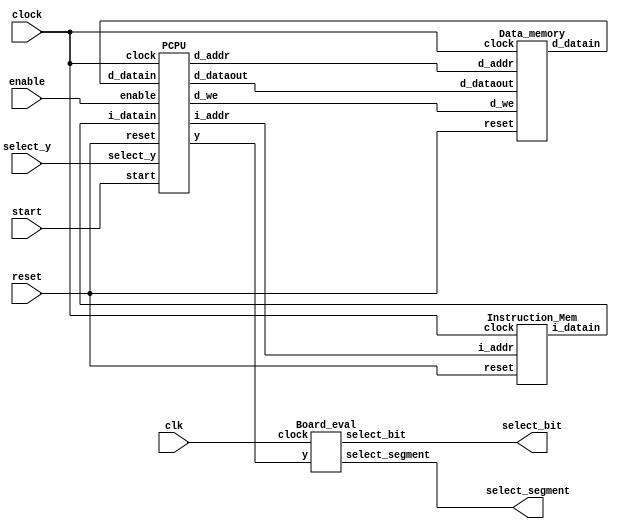
`timescale 1ns / 1ps
//////////////////////////////////////////////////////////////////////////////////
// Company: 
// Engineer: 
// 
// Design Name: 
// Module Name:    CPU 
// Project Name: 
// Target Devices: 
// Tool versions: 
// Description: 
//
// Dependencies: 
//
// Revision: 
// Revision 0.01 - File Created
// Additional Comments: 
//
//////////////////////////////////////////////////////////////////////////////////
// data transfer & Arithmetic
`define NOP 5'b00000
`define HALT 5'b00001
`define LOAD 5'b00010
`define STORE 5'b00011
`define LDIH 5'b10000
`define ADD 5'b01000
`define ADDI 5'b01001
`define ADDC 5'b10001
`define SUB 5'b01011
`define SUBI 5'b10011
`define SUBC 5'b10111
`define CMP 5'b01100
// control
`define JUMP 5'b11000
`define JMPR 5'b11001
`define BZ 5'b11010
`define BNZ 5'b11011
`define BN 5'b11100
`define BNN 5'b11101
`define BC 5'b11110
`define BNC 5'b11111
// logic / shift
`define AND 5'b01101
`define OR 5'b01111
`define XOR 5'b01110
`define SLL 5'b00100
`define SRL 5'b00110
`define SLA 5'b00101
`define SRA 5'b00111
// general register
`define gr0  3'b000
`define gr1  3'b001
`define gr2  3'b010
`define gr3  3'b011
`define gr4  3'b100
`define gr5  3'b101
`define gr6  3'b110
`define gr7  3'b111
// FSM
`define idle 1'b0
`define exec 1'b1

/******* the whole module CPU is made of  Instuction_Mem module, PCPU module and Data_Mem module ********/
module CPU(
    input wire clk, clock, enable, reset, start,
	 input wire[3:0] select_y,
	 output [7:0] select_segment,   
	 output [3:0] select_bit
    );
	 
wire[15:0] d_datain;
wire[15:0] i_datain;
wire[7:0] d_addr;
wire[7:0] i_addr;
wire[15:0] d_dataout;
wire d_we;
wire[15:0] y;	

reg [20:0] count = 21'b0;	 


	Instruction_Mem instruction(clock,reset,i_addr,i_datain);	
	PCPU pcpu(clock, enable, reset, start, d_datain, i_datain, 
	 select_y, i_addr, d_addr, d_dataout, d_we, y);	
	 
     	 
	Data_memory data(clock, reset, d_addr, d_dataout, d_we, d_datain);
    
   Board_eval eval(clk, y, select_segment, select_bit);
endmodule

/************************ Instruction memeory module   *****************************/
module Instruction_Mem ( 
    input wire clock, reset,
    input wire[7:0] i_addr,
	output [15:0] i_datain
	 );
reg[15:0] i_data[255:0]; // 8 bits pc address to get instructions
reg[15:0] temp;

always@(negedge clock) 
begin
	if(!reset) 
	    begin
	       i_data[0] <= {`LOAD, `gr1, 1'b0, `gr0, 4'b0000};
		    i_data[1] <= {`LOAD, `gr2, 1'b0, `gr0, 4'b0001};
		    i_data[2] <= {`ADD, `gr3, 1'b0, `gr1, 1'b0, `gr2};
		    i_data[3] <= {`SUB, `gr3, 1'b0, `gr1, 1'b0, `gr2};
		    i_data[4] <= {`CMP, `gr3, 1'b0, `gr2, 1'b0, `gr1};
		    i_data[5] <= {`ADDC, `gr3, 1'b0, `gr1, 1'b0, `gr2};
		    i_data[6] <= {`SUBC, `gr3, 1'b0, `gr1, 1'b0, `gr2};
		    i_data[7] <= {`SLL, `gr2, 1'b0, `gr3, 1'b0, 3'b001};
		    i_data[8] <= {`SRL, `gr3, 1'b0, `gr1, 1'b0, 3'b001};
		    i_data[9] <= {`SLA, `gr4, 1'b0, `gr1, 1'b0, 3'b001};
		    i_data[10] <= {`SRA, `gr5, 1'b0, `gr1, 1'b0, 3'b001};
		    i_data[11] <= {`STORE, `gr3, 1'b0, `gr0, 4'b0010};
		    i_data[12] <= {`HALT, 11'b000_0000_0000};
	    end
	 else 
	    begin
	        temp = i_data[i_addr[7:0]];
	    end
	 end
	 assign i_datain = temp; 


endmodule

/**************************** PCPU module ***************************/
module PCPU(
 input wire clock, enable, reset, start,
 input wire [15:0] d_datain,  // output from Data_Mem module
 input wire [15:0] i_datain,  // output from Instruction_Mem module
 input wire [3:0] select_y,   // for the board evaluation 
 output  [7:0] i_addr,
 output  [7:0] d_addr,
 output  [15:0] d_dataout,
 output  d_we,
 output  [15:0] y
    );

reg [15:0] gr [7:0];
reg nf, zf, cf;
reg state, next_state;
reg dw;
reg [7:0] pc;
reg[15:0] y_forboard;
reg [15:0] id_ir;
reg [15:0] wb_ir;
reg [15:0] ex_ir;
reg [15:0] mem_ir;
reg [15:0] smdr = 0;
reg [15:0] smdr1 = 0;
reg signed [15:0] reg_C1; //
reg signed [15:0] reg_A;
reg signed [15:0] reg_B;
reg signed [15:0] reg_C;
reg signed [15:0] ALUo;
 

//************* CPU control *************//
always @(posedge clock)
	begin
		if (!reset)
			state <= `idle;
		else
			state <= next_state;
	end
	
always @(*)
	begin
		case (state)
			`idle : 
				if ((enable == 1'b1) 
				&& (start == 1'b1))
					next_state <= `exec;
				else	
					next_state <= `idle;
			`exec :
				if ((enable == 1'b0) 
				|| (wb_ir[15:11] == `HALT))
					next_state <= `idle;
				else
					next_state <= `exec;
		endcase
	end
	

assign i_addr = pc; // 	
	
//************* IF *************//
always @(posedge clock or negedge reset)
	begin
		if (!reset)
			begin
            id_ir <= 16'b0;
            pc <= 8'b0;
			end
			
		else if (state ==`exec)
		// Stall happens in IF stage, always compare id_ir with i_datain to decide pc and id_ir 
		begin
		    // load stall two stages , id and ex.
			
            /* 
			 LOAD	
			 
            */			
			if((i_datain[15:11] == `ADD 
				||i_datain[15:11] == `ADDC
				||i_datain[15:11] == `SUB
				||i_datain[15:11] == `SUBC 
				||i_datain[15:11] == `CMP 
				||i_datain[15:11] == `AND 
				||i_datain[15:11] == `OR 
				||i_datain[15:11] == `XOR) 
			  &&( (id_ir[15:11] == `LOAD && (id_ir[10:8]  == i_datain[6:4] || id_ir[10:8]  == i_datain[2:0])) 
			    ||(ex_ir[15:11] == `LOAD && (ex_ir[10:8]  == i_datain[6:4] || ex_ir[10:8]  == i_datain[2:0]))
				)
			  ) // end if
			    begin
				   id_ir <= 16'bx; 
				   pc <= pc;  // hold pc		
			    end		  			
            /* 
     	     LOAD		   
			 STORE
			*/
  			else if (( i_datain[15:11] == `SLL
			         ||i_datain[15:11] == `SRL
					 ||i_datain[15:11] == `SLA
					 ||i_datain[15:11] == `SRA
					 ||i_datain[15:11] == `STORE)
                    &&((id_ir[15:11] == `LOAD &&(id_ir[10:8]  == i_datain[6:4])) 
					  ||(ex_ir[15:11] == `LOAD &&(ex_ir[10:8]  == i_datain[6:4]))
					  )
					)
					begin
					   id_ir <= 16'bx;
					   pc <= pc;  // hold pc
					end 
			/* 
			   idexstallmem
            */	
			else if(id_ir[15:14] == 2'b11 || ex_ir[15:14] == 2'b11)
			        begin
				       id_ir <= 16'bx;
					   pc <= pc;  // hold pc
					end 
					
			/* mem */
			else
			  begin
			// BZ & BNZ
				if(((mem_ir[15:11] == `BZ)
					&& (zf == 1'b1)) 
				|| ((mem_ir[15:11] == `BNZ)
					&& (zf == 1'b0)))
				begin
					id_ir <= 16'bx;
					pc <= reg_C[7:0];
				end
				// BN & BNN	
				else if(((mem_ir[15:11] == `BN)
					&& (nf == 1'b1)) 
				|| ((mem_ir[15:11] == `BNN)
					&& (nf == 1'b0)))
				begin
					id_ir <= 16'bx;
					pc <= reg_C[7:0];
				end
				// BC & BNC	
				else if(((mem_ir[15:11] == `BC)
					&& (cf == 1'b1)) 
				|| ((mem_ir[15:11] == `BNC)
					&& (cf == 1'b0)))
				begin
					id_ir <= 16'bx;
					pc <= reg_C[7:0];
				end
				// JUMP 
				else if((mem_ir[15:11] == `JUMP)			
				|| (mem_ir[15:11] == `JMPR))
				begin
					id_ir <= 16'bx;
					pc <= reg_C[7:0];
				end
				// 
				else
				begin
				    id_ir <= i_datain;
					pc <= pc + 1;
				end
			  end  // end else
		end // else reset
	end // end always
	
	
//************* ID *************//
always @(posedge clock or negedge reset) 
    begin
	    if (!reset)
			begin
				ex_ir <= 16'b0;
				reg_A <= 16'b0;
				reg_B <= 16'b0;
				smdr <= 16'b0;
			end
			
		else if (state == `exec)
		//Data forwarding happens in ID stage, always check id_ir to decide reg_A/B
			begin
				ex_ir <= id_ir;
			    // ********************reg_A ******************* //
				
				
				/*   */	  
				// reg_A <= r1:  r1  "JUMP" ,r1reg_A
				 if ((id_ir[15:14] == 2'b11 && id_ir[15:11] != `JUMP) 
				|| (id_ir[15:11] == `LDIH)
				|| (id_ir[15:11] == `ADDI)
				|| (id_ir[15:11] == `SUBI))
					reg_A <= gr[id_ir[10:8]];
				
				else if (id_ir[15:11] == `LOAD) 
					reg_A <= gr[id_ir[6:4]];
					  
				// case for data forwarding, 21
				 else if(id_ir[6:4] == ex_ir[10:8])
				      reg_A <= ALUo;
			    else if(id_ir[6:4] == wb_ir[10:8]) 
				      reg_A <= reg_C1;
			    else if(id_ir[6:4] == mem_ir[10:8]) 
				      reg_A <= reg_C;
					  
				//reg_A <= r2:  r1 r2  gr[r2]
				else 
					reg_A <= gr[id_ir[6:4]];
					
				//************************* reg_B************************//
				
			  if (id_ir[15:11] == `STORE)
					begin
						reg_B <= {12'b0000_0000_0000, id_ir[3:0]}; //value3
						smdr <= gr[id_ir[10:8]]; // r1
			      end
				// case for data forwarding, 31
				else if(id_ir[2:0] == ex_ir[10:8])
				      reg_B <= ALUo;
			    else if(id_ir[2:0] == wb_ir[10:8]) 
				      reg_B <= reg_C1;
			    else if(id_ir[2:0] == mem_ir[10:8]) 
				      reg_B <= reg_C;
							
				  
				/*   */	  
				else if  ((id_ir[15:11] == `ADD)
                || (id_ir[15:11] == `ADDC)
				    || (id_ir[15:11] == `SUB)
				    || (id_ir[15:11] == `SUBC)
				    || (id_ir[15:11] == `CMP)
					 || (id_ir[15:11] == `AND)
					 || (id_ir[15:11] == `OR)
					 || (id_ir[15:11] == `XOR))
					
					reg_B <= gr[id_ir[2:0]];
				
			end
	end		

//************* ALUo *************//	

always @ (*) 
    begin
	    // {val2, val3}
		if  (ex_ir[15:11] == `JUMP)
			ALUo <= {8'b0, ex_ir[7:0]};
		//  r1 + {val2, val3}
		else if  (ex_ir[15:14] == 2'b11)
		    ALUo <= reg_A + {8'b0, ex_ir[7:0]};
	    //ALUo cf
		else 
		begin
			case(ex_ir[15:11])
			`LOAD: ALUo <= reg_A + {12'b0000_0000_0000, ex_ir[3:0]};
			`STORE: ALUo <= reg_A + reg_B;
			`LDIH: {cf, ALUo} <= reg_A + { ex_ir[7:0], 8'b0 };
			`ADD: {cf, ALUo} <= reg_A + reg_B;
			`ADDI:{cf, ALUo} <= reg_A + { 8'b0, ex_ir[7:0] };
			`ADDC: {cf, ALUo} <= reg_A + reg_B + cf;
			`SUB: {cf, ALUo} <= {{1'b0, reg_A} - reg_B};
			`SUBI: {cf, ALUo} <= {1'b0, reg_A }- { 8'b0, ex_ir[7:0] };
			`SUBC:{cf, ALUo} <= {{1'b0, reg_A} - reg_B - cf};
			`CMP: {cf, ALUo} <= {{1'b0, reg_A} - reg_B};
			`AND: {cf, ALUo} <= {1'b0, reg_A & reg_B};
			`OR: {cf, ALUo} <= {1'b0, reg_A | reg_B};
			`XOR: {cf, ALUo} <= {1'b0, reg_A ^ reg_B};
			`SLL: {cf, ALUo} <= {reg_A[4'b1111 - ex_ir[3:0]], reg_A << ex_ir[3:0]};
			`SRL: {cf, ALUo} <= {reg_A[ex_ir[3:0] - 4'b0001], reg_A >> ex_ir[3:0]};
			`SLA: {cf, ALUo} <= {reg_A[ex_ir[3:0] - 4'b0001], reg_A <<< ex_ir[3:0]};
			`SRA: {cf, ALUo} <= {reg_A[4'b1111 - ex_ir[3:0]], reg_A >>> ex_ir[3:0]};
			default: begin
			        
					 end
        endcase								
		end
 end

//************* EX *************//	
always @(posedge clock or negedge reset) 
    begin
	    if (!reset)
			begin
				mem_ir <= 16'b0;
				reg_C <= 16'b0;
				dw <= 0;
				nf <= 0;
				zf <= 0;
				smdr1 <= 16'b0;
			end
			
		else if (state == `exec)
			begin
				mem_ir <= ex_ir;
				reg_C <= ALUo;
				if (ex_ir[15:11] == `STORE)
					begin
						dw <= 1'b1;
						smdr1 <= smdr;
					end
				
				// zf, nf, 
				else if(ex_ir[15:14] != 2'b11 && ex_ir[15:11] != `LOAD)
				     begin
				       zf <= (ALUo == 0)? 1:0;
					   nf <= (ALUo[15] == 1'b1)? 1:0;
						dw <= 1'b0;
				     end	
            else		
                 dw <= 1'b0;				
			end		
    end

// PCPU module 
assign d_dataout = smdr1;
assign d_we = dw;
assign d_addr = reg_C[7:0];

//************* MEM *************//
always @(posedge clock or negedge reset) 
    begin
	    if (!reset)
			begin
				wb_ir <= 16'b0;
				reg_C1 <= 16'b0;
			end
			
		else if (state == `exec)
			begin
				wb_ir <= mem_ir;			
				if (mem_ir[15:11] == `LOAD)
					reg_C1 <= d_datain;
				else if(mem_ir[15:14] != 2'b11)
					reg_C1 <= reg_C;				
			end			
	end
//************* WB *************//
always @(posedge clock or negedge reset) 
    begin
	    if (!reset)
			begin
			   gr[0] <= 16'b0;
				gr[1] <= 16'b0;
				gr[2] <= 16'b0;
				gr[3] <= 16'b0;
				gr[4] <= 16'b0;
				gr[5] <= 16'b0;
				gr[6] <= 16'b0;
				gr[7] <= 16'b0;
			end			
			
		else if (state == `exec)
			begin
			    //  r1
				if ((wb_ir[15:14] != 2'b11) 
				   &&(wb_ir[15:11] != `STORE)		  
				   &&(wb_ir[15:11] != `CMP)
				)
					gr[wb_ir[10:8]] <= reg_C1;
			end	
   end
   
// 
assign y = y_forboard; // 
always @(select_y) 
  begin
   case(select_y)
	  4'b0000: y_forboard <= {8'B0,pc};
	  4'b0001: y_forboard <= id_ir;
	  4'b0010: y_forboard <= reg_A;
	  4'b0011: y_forboard <= reg_B;
	  4'b0100: y_forboard <= smdr;
	  4'b0101: y_forboard <= ALUo;
	  4'b0110: y_forboard <= {15'b0, cf};
	  4'b0111: y_forboard <= {15'b0, nf};
	  4'b1000: y_forboard <= reg_C;
	  4'b1001: y_forboard <= reg_C1;
	  4'b1010: y_forboard <= gr[0];
	  4'b1011: y_forboard <= gr[1];
	  4'b1100: y_forboard <= gr[2];
	  4'b1101: y_forboard<= gr[3];
	  4'b1110: y_forboard <= gr[4];
	  4'b1111: y_forboard <= gr[5];
	endcase
 end
 
endmodule

/**************************** Data memory module ******************************/
module 	Data_memory (
input wire clock, reset, 
input wire [7:0] d_addr,
input wire [15:0] d_dataout, 
input wire  d_we, 
output  [15:0] d_datain
);
 reg[15:0] temp;
	 reg[15:0] d_data[255:0];
	 always@(negedge clock) begin
	    if(!reset) begin
	      d_data[0] <= 16'hFc00;
		   d_data[1] <= 16'h00AB;
		 end else if(d_we) begin
		   d_data[d_addr] <= d_dataout;
		 end else begin
		   temp = d_data[d_addr];
		 end
	 end
	 assign d_datain = temp;
endmodule

/**************************** Board evaluation module ******************************/
module Board_eval  ( 
    input wire clock,
    input wire [15:0] y,
	output reg [7:0] select_segment, 
	output reg [3:0] select_bit
	 );
parameter  SEG_NUM0 = 8'b00000011,  
           SEG_NUM1 = 8'b10011111,
			  SEG_NUM2 = 8'b00100101,
			  SEG_NUM3 = 8'b00001101,
			  SEG_NUM4 = 8'b10011001,
			  SEG_NUM5 = 8'b01001001,
			  SEG_NUM6 = 8'b01000001,
			  SEG_NUM7 = 8'b00011111,
			  SEG_NUM8 = 8'b00000001,
			  SEG_NUM9 = 8'b00001001,
			  SEG_A = 8'b00010001,
			  SEG_B = 8'b11000001,
			  SEG_C = 8'b01100011,
			  SEG_D = 8'b10000101,
			  SEG_E = 8'b01100001,
			  SEG_F = 8'b01110001;
// 		  
parameter  BIT_3 = 4'b0111,			  
			  BIT_2 = 4'b1011,
			  BIT_1 = 4'b1101,
			  BIT_0 = 4'b1110;	 

reg [20:0] count = 0;

always @ (posedge clock) begin
   count <= count + 1'b1;	
end			  

always @ (posedge clock) begin
  case(count[19:18])
  2'b00: begin
          select_bit <= BIT_3;
			 case(y[15:12])
			 4'b0000: select_segment <= SEG_NUM0;
			 4'b0001: select_segment <= SEG_NUM1;
			 4'b0010: select_segment <= SEG_NUM2;
			 4'b0011: select_segment <= SEG_NUM3;
			 4'b0100: select_segment <= SEG_NUM4;
			 4'b0101: select_segment <= SEG_NUM5;
			 4'b0110: select_segment <= SEG_NUM6;
			 4'b0111: select_segment <= SEG_NUM7;
			 4'b1000: select_segment <= SEG_NUM8;
			 4'b1001: select_segment <= SEG_NUM9;
			 4'b1010: select_segment <= SEG_A;
			 4'b1011: select_segment <= SEG_B;
			 4'b1100: select_segment <= SEG_C;
			 4'b1101: select_segment <= SEG_D;
			 4'b1110: select_segment <= SEG_E;
			 4'b1111: select_segment <= SEG_F;
			 endcase
			end
	
  2'b01: begin
          select_bit <= BIT_2;
			 case(y[11:8])
			 4'b0000: select_segment <= SEG_NUM0;
			 4'b0001: select_segment <= SEG_NUM1;
			 4'b0010: select_segment <= SEG_NUM2;
			 4'b0011: select_segment <= SEG_NUM3;
			 4'b0100: select_segment <= SEG_NUM4;
			 4'b0101: select_segment <= SEG_NUM5;
			 4'b0110: select_segment <= SEG_NUM6;
			 4'b0111: select_segment <= SEG_NUM7;
			 4'b1000: select_segment <= SEG_NUM8;
			 4'b1001: select_segment <= SEG_NUM9;
			 4'b1010: select_segment <= SEG_A;
			 4'b1011: select_segment <= SEG_B;
			 4'b1100: select_segment <= SEG_C;
			 4'b1101: select_segment <= SEG_D;
			 4'b1110: select_segment <= SEG_E;
			 4'b1111: select_segment <= SEG_F;
			 endcase
			end
  2'b10: begin
          select_bit <= BIT_1;
			 case(y[7:4])
			 4'b0000: select_segment <= SEG_NUM0;
			 4'b0001: select_segment <= SEG_NUM1;
			 4'b0010: select_segment <= SEG_NUM2;
			 4'b0011: select_segment <= SEG_NUM3;
			 4'b0100: select_segment <= SEG_NUM4;
			 4'b0101: select_segment <= SEG_NUM5;
			 4'b0110: select_segment <= SEG_NUM6;
			 4'b0111: select_segment <= SEG_NUM7;
			 4'b1000: select_segment <= SEG_NUM8;
			 4'b1001: select_segment <= SEG_NUM9;
			 4'b1010: select_segment <= SEG_A;
			 4'b1011: select_segment <= SEG_B;
			 4'b1100: select_segment <= SEG_C;
			 4'b1101: select_segment <= SEG_D;
			 4'b1110: select_segment <= SEG_E;
			 4'b1111: select_segment <= SEG_F;
			 endcase
			end
  2'b11: begin
         select_bit <= BIT_0;
			 case(y[3:0])
			 4'b0000: select_segment <= SEG_NUM0;
			 4'b0001: select_segment <= SEG_NUM1;
			 4'b0010: select_segment <= SEG_NUM2;
			 4'b0011: select_segment <= SEG_NUM3;
			 4'b0100: select_segment <= SEG_NUM4;
			 4'b0101: select_segment <= SEG_NUM5;
			 4'b0110: select_segment <= SEG_NUM6;
			 4'b0111: select_segment <= SEG_NUM7;
			 4'b1000: select_segment <= SEG_NUM8;
			 4'b1001: select_segment <= SEG_NUM9;
			 4'b1010: select_segment <= SEG_A;
			 4'b1011: select_segment <= SEG_B;
			 4'b1100: select_segment <= SEG_C;
			 4'b1101: select_segment <= SEG_D;
			 4'b1110: select_segment <= SEG_E;
			 4'b1111: select_segment <= SEG_F;
			 endcase
			end
  endcase

end 
endmodule